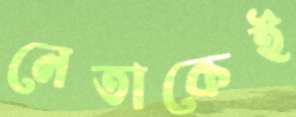
নেতাকেই